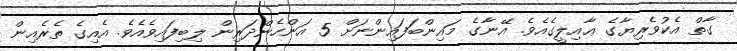
ގާތް އެކުވެރިޔާގެ ޢާއިލީގެއެވެ. އޭނާގެ މައިންބަފައިންނަށް 5 އަންހެންދަރިން ލިބިފައިވެއެވެ. އެއިގެ ތެރެއިން